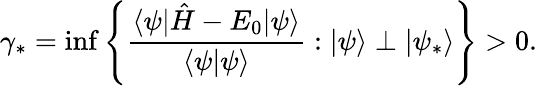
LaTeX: \gamma_{*}=\operatorname*{inf}\left\{ \frac{\langle\psi|\hat{H}-E_{0}|\psi\rangle}{\langle\psi|\psi\rangle}:|\psi\rangle\perp|\psi_{*}\rangle\right\} >0.